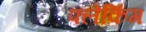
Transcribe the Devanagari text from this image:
फ्लेकिंग